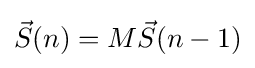
{\vec {S}}(n)=M{\vec {S}}(n-1)